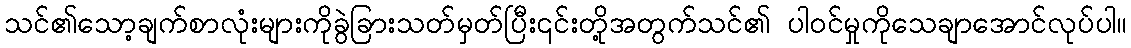
သင်၏သော့ချက်စာလုံးများကိုခွဲခြားသတ်မှတ်ပြီး၎င်းတို့အတွက်သင်၏ ပါဝင်မှုကိုသေချာအောင်လုပ်ပါ။